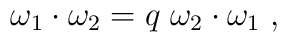
\omega_1 \cdot \omega_2 = q\; \omega_2 \cdot \omega_1\; ,